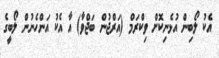
އެކު ލޯބިން އުޅެނިކޮށް ވިކްރަމް (އަރްޖުން ބަޖްވާ) އާ އެކު އަންހެނުން ލޯބީގެ